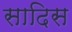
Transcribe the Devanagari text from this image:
सादिस